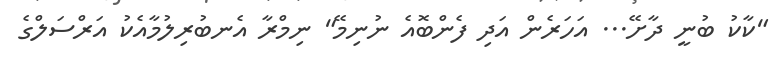
"ކާކު ބުނީ ދާށޭ... އަހަރެން އަދި ފެންބޮއެ ނުނިމޭ" ނިމްރާ އެނބުރިލުމާއެކު އަރްސަލްގެ